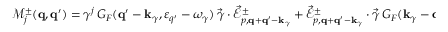
\begin{array} { r } { \mathcal { M } _ { j } ^ { \pm } ( { \bf q } , { \bf q } ^ { \prime } ) = \gamma ^ { j } \, G _ { F } ( { \bf q } ^ { \prime } - { \bf k } _ { \gamma } , \varepsilon _ { q ^ { \prime } } - \omega _ { \gamma } ) \, \vec { \gamma } \cdot \vec { \mathcal { E } } _ { p , { \bf q } + { \bf q } ^ { \prime } - { \bf k } _ { \gamma } } ^ { \pm } + \vec { \mathcal { E } } _ { p , { \bf q } + { \bf q } ^ { \prime } - { \bf k } _ { \gamma } } ^ { \pm } \cdot \vec { \gamma } \, G _ { F } ( { \bf k } _ { \gamma } - { \bf q } , \omega _ { \gamma } - \varepsilon _ { q } ) \, \gamma ^ { j } } \end{array}